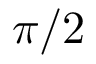
\pi / 2